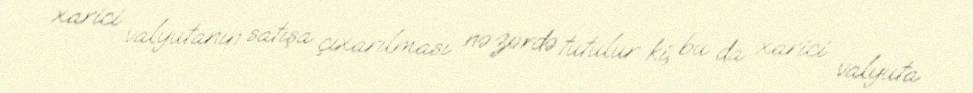
xarici valyutanın satışa çıxarılması nəzərdə tutulur ki, bu da xarici valyuta